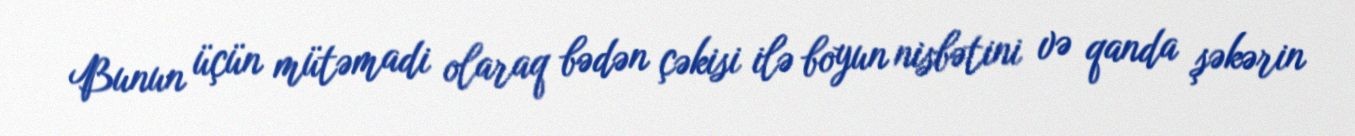
Bunun üçün mütəmadi olaraq bədən çəkisi ilə boyun nisbətini və qanda şəkərin